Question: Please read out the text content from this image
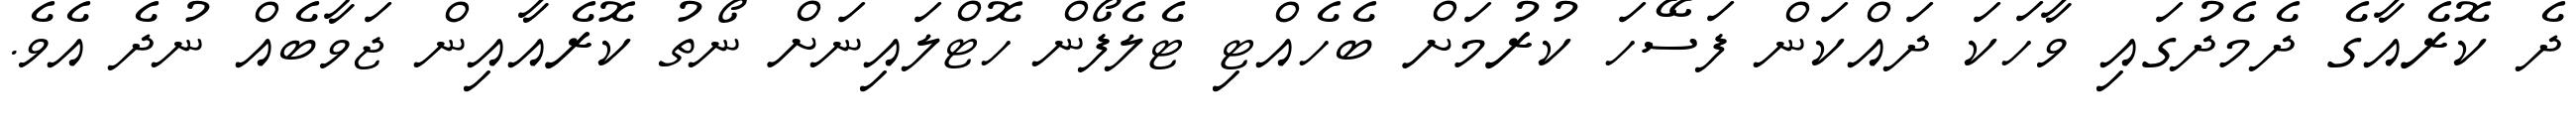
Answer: ދެ ކޮރެއާގެ ދެމެދުގައި ވާހަކަ ދައްކަން ފަސޭހަ ކުރުމަށް ބެހެއްޓި ޓެލެފޯން ހޮޓްލައިނަށް ނޯތު ކޮރެއާއިން ޖަވާބެއް ނުދެ އެވެ.